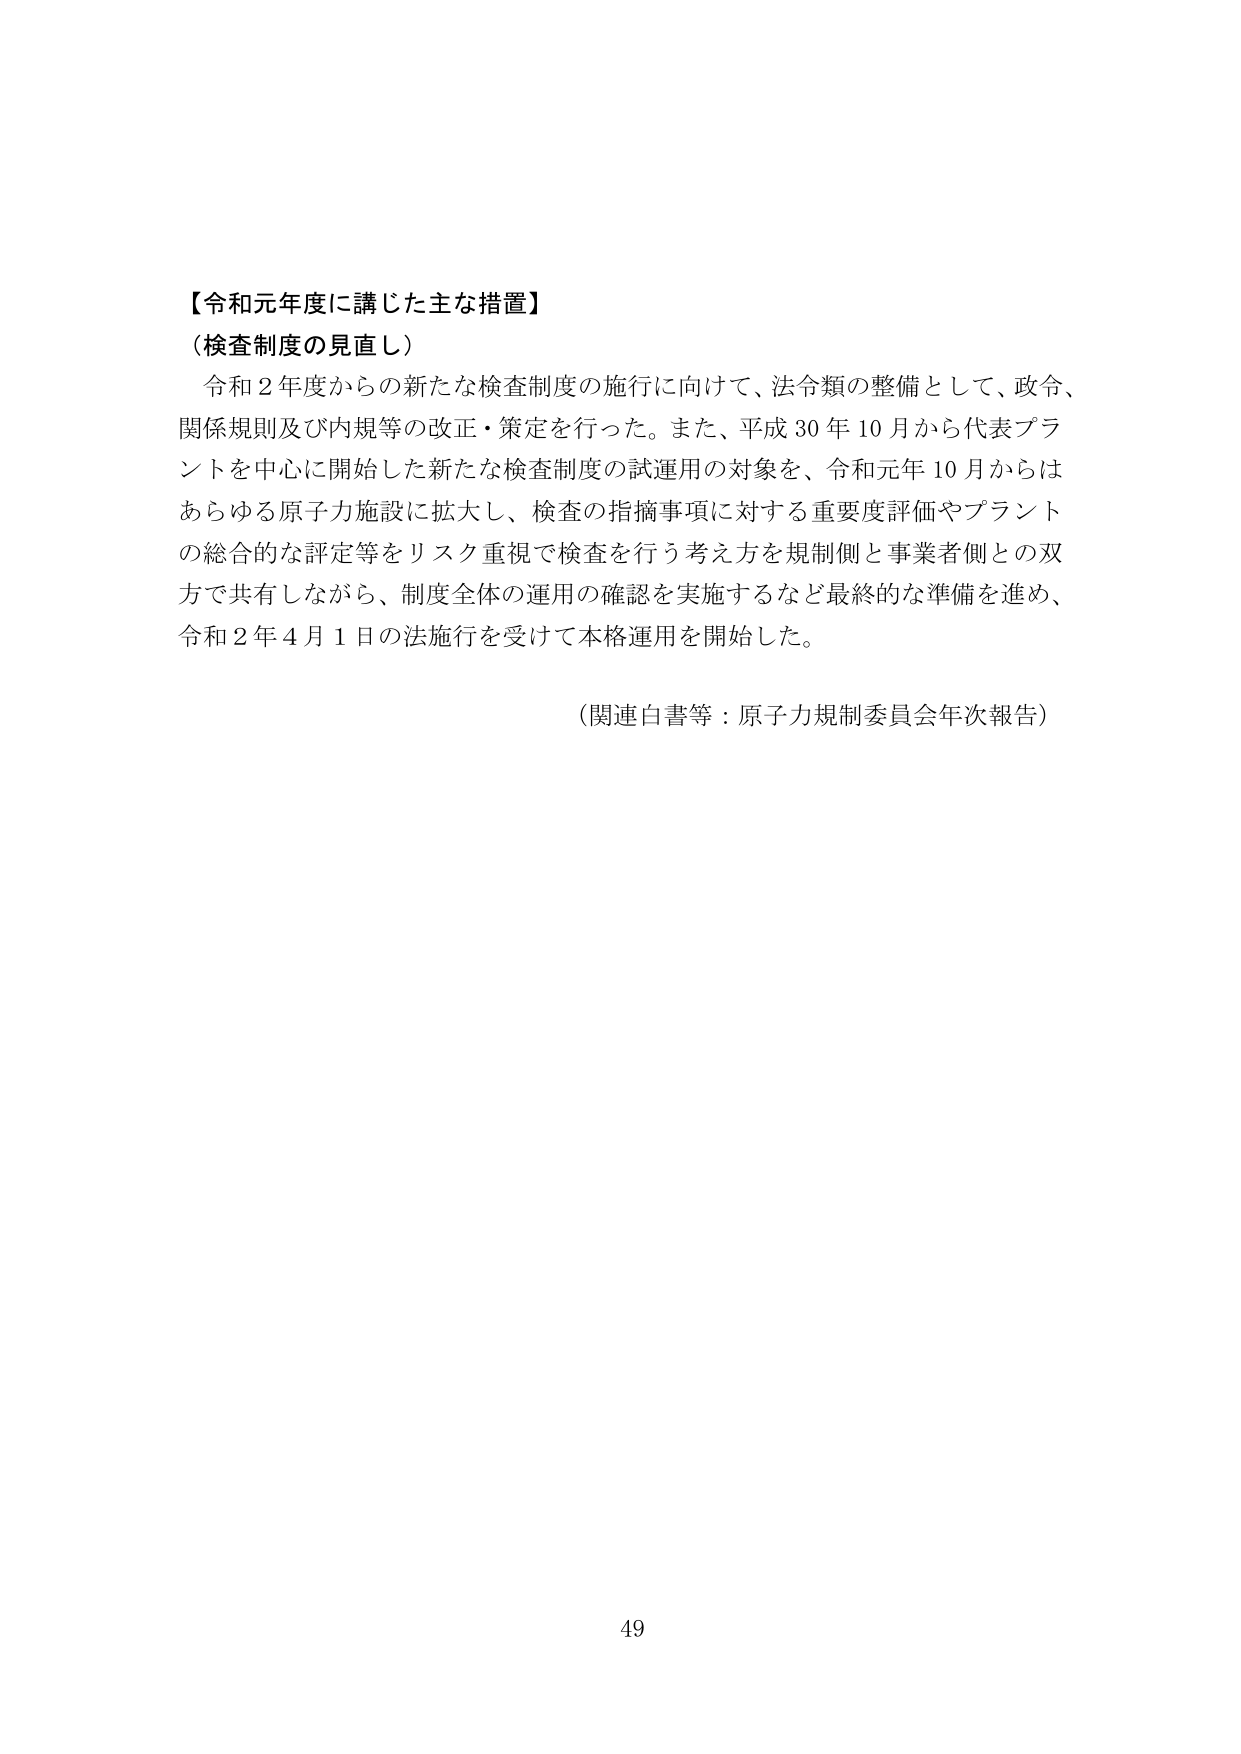
【令和元年度に講じた主な措置】
（検査制度の見直し）
　令和２年度からの新たな検査制度の施行に向けて、法令類の整備として、政令、
関係規則及び内規等の改正・策定を行った。また、平成30年10月から代表プラ
ントを中心に開始した新たな検査制度の試運用の対象を、令和元年10月からは
あらゆる原子力施設に拡大し、検査の指摘事項に対する重要度評価やプラント
の総合的な評定等をリスク重視で検査を行う考え方を規制側と事業者側との双
方で共有しながら、制度全体の運用の確認を実施するなど最終的な準備を進め、
令和２年４月１日の法施行を受けて本格運用を開始した。

（関連白書等：原子力規制委員会年次報告）

49